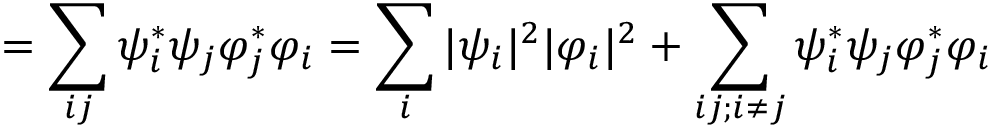
= \sum _ { i j } \psi _ { i } ^ { * } \psi _ { j } \varphi _ { j } ^ { * } \varphi _ { i } = \sum _ { i } | \psi _ { i } | ^ { 2 } | \varphi _ { i } | ^ { 2 } + \sum _ { i j ; i \neq j } \psi _ { i } ^ { * } \psi _ { j } \varphi _ { j } ^ { * } \varphi _ { i }